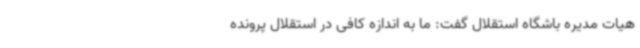
هیات مدیره باشگاه استقلال گفت: ما به اندازه کافی در استقلال پرونده